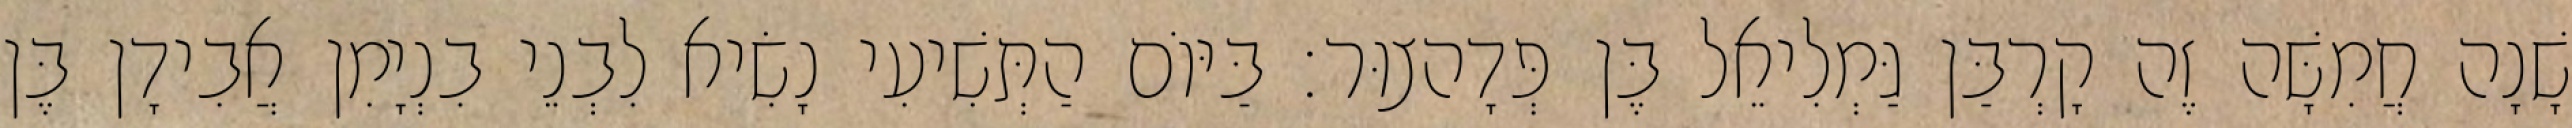
שָׁנָה חֲמִשָּׁה זֶה קָרְבַּן גַּמְלִיאֵל בֶּן פְּדָהצוּר׃ בַּיּוֹם הַתְּשִׁיעִי נָשִׂיא לִבְנֵי בִנְיָמִן אֲבִידָן בֶּן